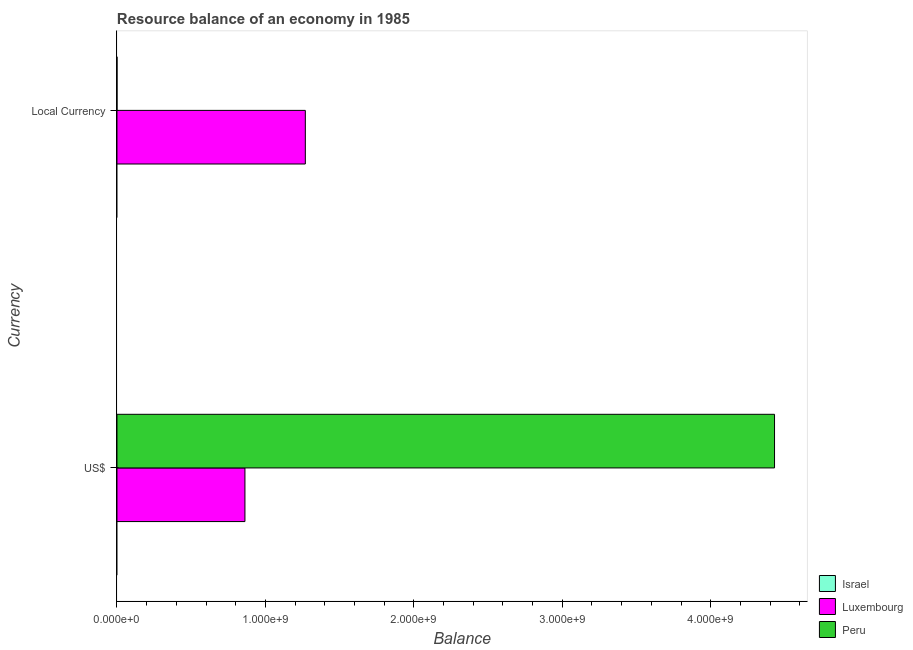
| Currency | Israel | Luxembourg | Peru |
 | --- | --- | --- | --- |
 | US$ | -3.28e+09 | 8.62e+08 | 4.43e+09 |
 | Local Currency | -3.87e+09 | 1.27e+09 | 4.43e+04 |